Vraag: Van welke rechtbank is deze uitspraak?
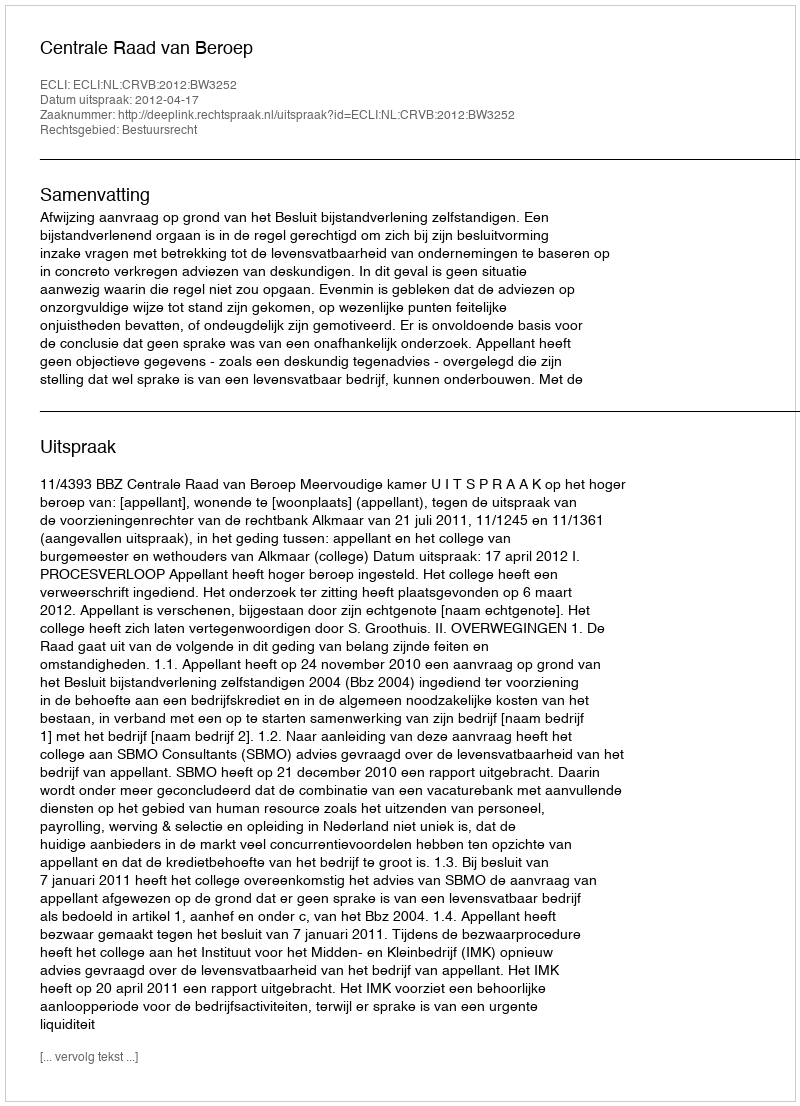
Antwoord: Centrale Raad van Beroep